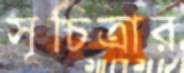
সূচিত্রার